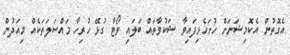
އެގޮތުން އެކޮމިޝަނަށް ހުށަހެޅިފައިވާ ޝަކުވާތައް ބަލައި ވޯޓާ ގުޅޭ ހުރިހާ މައްސަލަތަކެއް މިއަދުން